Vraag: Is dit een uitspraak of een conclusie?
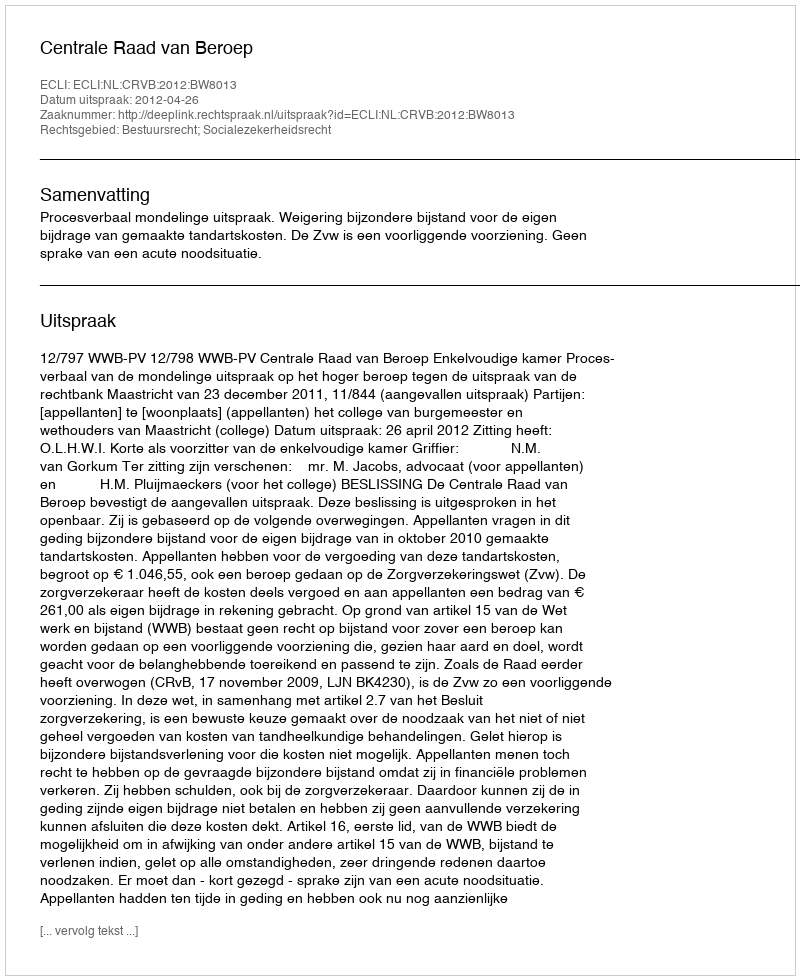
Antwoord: Uitspraak